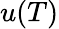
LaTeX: u(T)